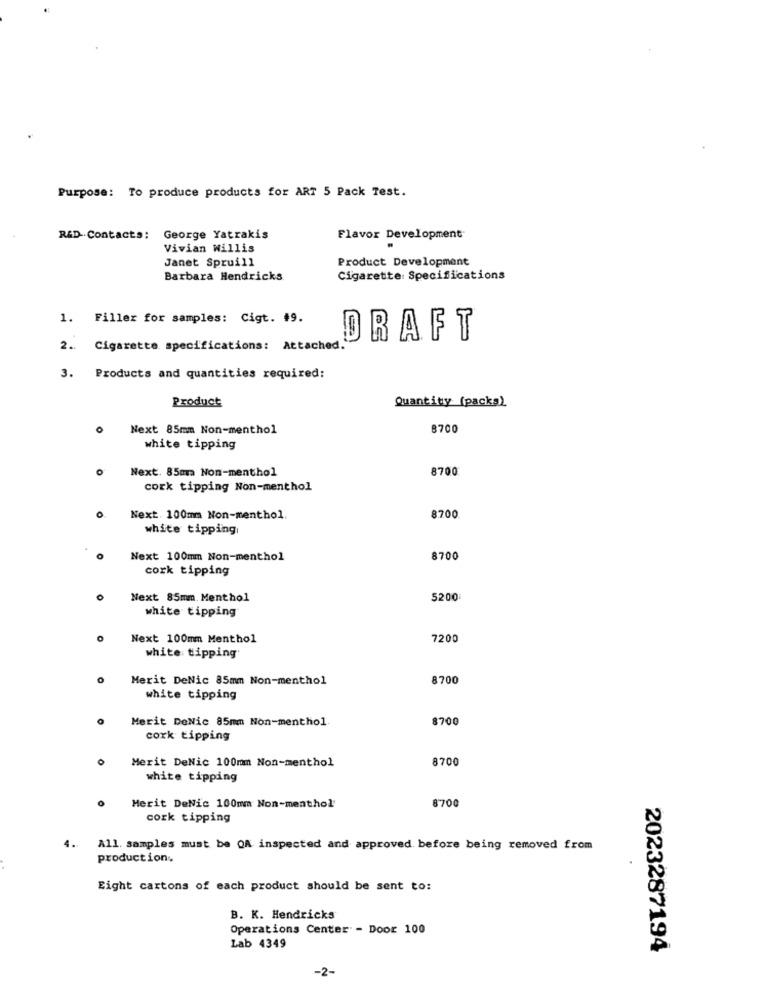
Purpose: To produce products for ART 5 Pack Test.
R&D-Contacts:
George Yatrakis
Flavor Development
Vivian Willis
Product Development
Janet Spruill
Barbara Hendricks
Cigarette: Specifications
1. Filler for samples: Cigt. #9.
DRAFT
2 .. Cigarette specifications: Attached
3. Products and quantities required:
Product
Quantity (packs)
Next 85mm Non-menthol
8700
white tipping
Next. 85ma Non-menthol
8700
cork tipping Non-menthol
o
Next. 100mm Non-menthol
8700
white tipping
Next 100mm Non-menthol
8700
cork tipping
0
Next 85mm. Menthol
5200
white tipping
Next 100mm Menthol
7200
white tipping
Merit DeNic 85mm Non-menthol
8700
white tipping
Merit DeNic 85mm Non-menthol.
8700
cork tipping
Merit DeNic 100mm Non-menthol
8700
white tipping
8700
Merit DeNic 100mm Non-menthol
cork tipping
4.
All. samples must be QA inspected and approved before being removed from
production.
Eight cartons of each product should be sent to:
B. K. Hendricks
Operations Center - Door 100
Lab 4349
2023287194
-2-